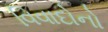
વિવાદોનો